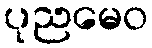
ပုညမေဝ